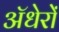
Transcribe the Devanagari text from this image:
ॲधेरों